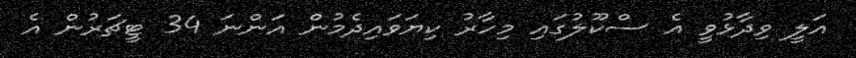
އަލީ ވިދާޅުވީ އެ ސްކޫލުގައި މިހާރު ކިޔަވައިދެމުން އަންނަ 34 ޓީޗަރުން އެ